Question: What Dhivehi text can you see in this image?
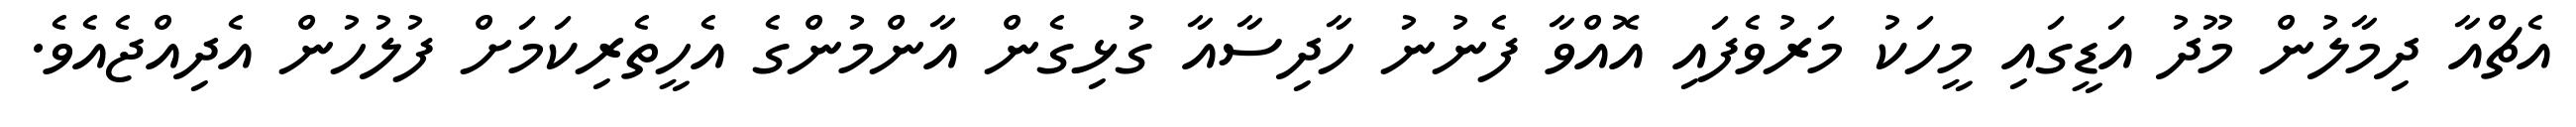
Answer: އެޗްއާ ދިމާލުން މޫދު އަޑީގައި މީހަކު މަރުވެފައި އޮއްވާ ފެނުނު ހާދިސާއާ ގުޅިގެން އާންމުންގެ އެހީތެރިކަމަށް ފުލުހުން އެދިއްޖެއެވެ.